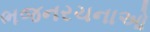
ભજનરચનાઓ